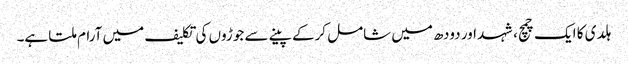
ہلدی کا ایک چمچ، شہد اور دودھ میں شامل کرکے پینے سے جوڑوں کی تکلیف میں آرام ملتا ہے۔